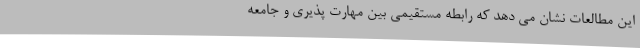
این مطالعات نشان می دهد که رابطه مستقیمی بین مهارت پذیری و جامعه